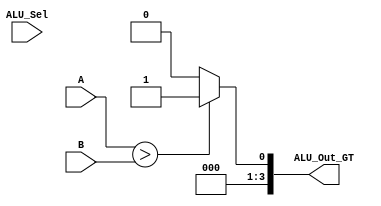
module GT(output [3:0] ALU_Out_GT,input [3:0] A, input [3:0] B,input [3:0] ALU_Sel);
assign ALU_Out_GT = (A>B)?4'd1:4'd0 ;
endmodule